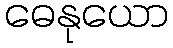
ဓေနုယော